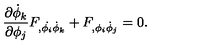
{ \frac { \partial \dot { \phi } _ { k } } { \partial \phi _ { j } } } F _ { , \dot { \phi _ { i } } \dot { \phi } _ { k } } + F _ { , \phi _ { i } \dot { \phi } _ { j } } = 0 .